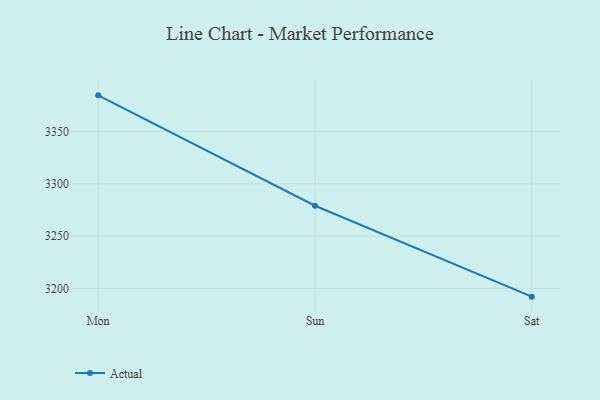
{"axis": {"x": "Day", "y": "Website Visitors"}, "legend": ["Actual"], "data": [{"x": "Mon", "y": 3384.9, "type": "Actual"}, {"x": "Sun", "y": 3279.1, "type": "Actual"}, {"x": "Sat", "y": 3192.0, "type": "Actual"}]}